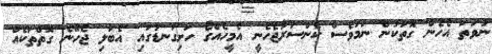
ނުވަތަ އެހެން ގޮތަކުން ނަމަވެސް ކެންސަރުޖެހެނީ އެމީހެއްގެ ހަށިގަނޑުގައި އެބަލި ޖެހޭނެ ގޮތްތަކެއް